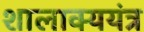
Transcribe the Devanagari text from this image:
शालाक्ययंत्र